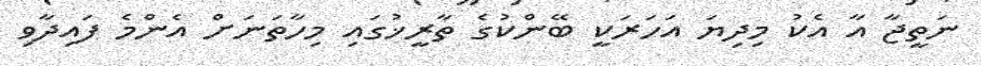
ނަތީޖާ އާ އެކު މިދިޔަ އަހަރަކީ ބޭންކުގެ ތާރީޚުގައި މިހާތަނަށް އެންމެ ފައިދާވި